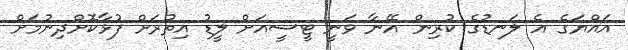
އައްޔަގެ އެ ލަނޑުގެ ކުރިން އޭނާ ވަނީ ޓީސީއަށް ލީޑު އިތުރަށް ފުޅާކޮށްދިނުމަށް